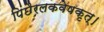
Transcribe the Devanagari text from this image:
पिंछैरलकवेषकृत्‌।